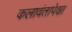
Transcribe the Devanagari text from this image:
कलावंतापेक्षा